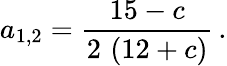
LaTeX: a_{1,2}=\frac{15-c}{2\, \left(12+c\right)}\, .